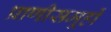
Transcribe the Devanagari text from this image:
प्राणीसमूहों